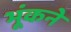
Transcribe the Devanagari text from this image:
भूंकने